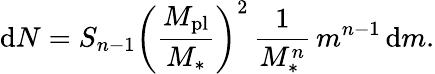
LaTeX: \mathrm{d}N=S_{n-1}\left(\frac{{M_{\mathrm{{pl}}}}}{{M_{*}}}\right)^{2}\, \frac{{1}}{{M_{*}^{n}}}\, m^{n-1}\, \mathrm{d}m.